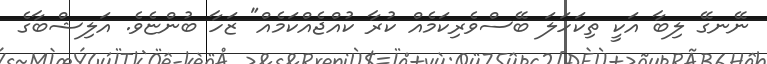
ނޭނގޭ ލިބާ އަކީ ތިކަހަލަ ބޭސްވެރިކަމެއް ކުރާ ކުއްޖެއްކަމެއް" ޒަހާ ބުންޏެވެ. އަލިޝްބާގެ